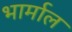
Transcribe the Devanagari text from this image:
भार्माल